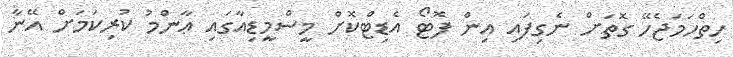
ހިތްހަމަޖެހޭ ގޮތަށް ނެގިފައި އިން ފޮޓޯ އެޑިޓްކޮށް މީސްމީޑިއާގައި ޢާންމު ކުރިކަމަށް އޭނާ